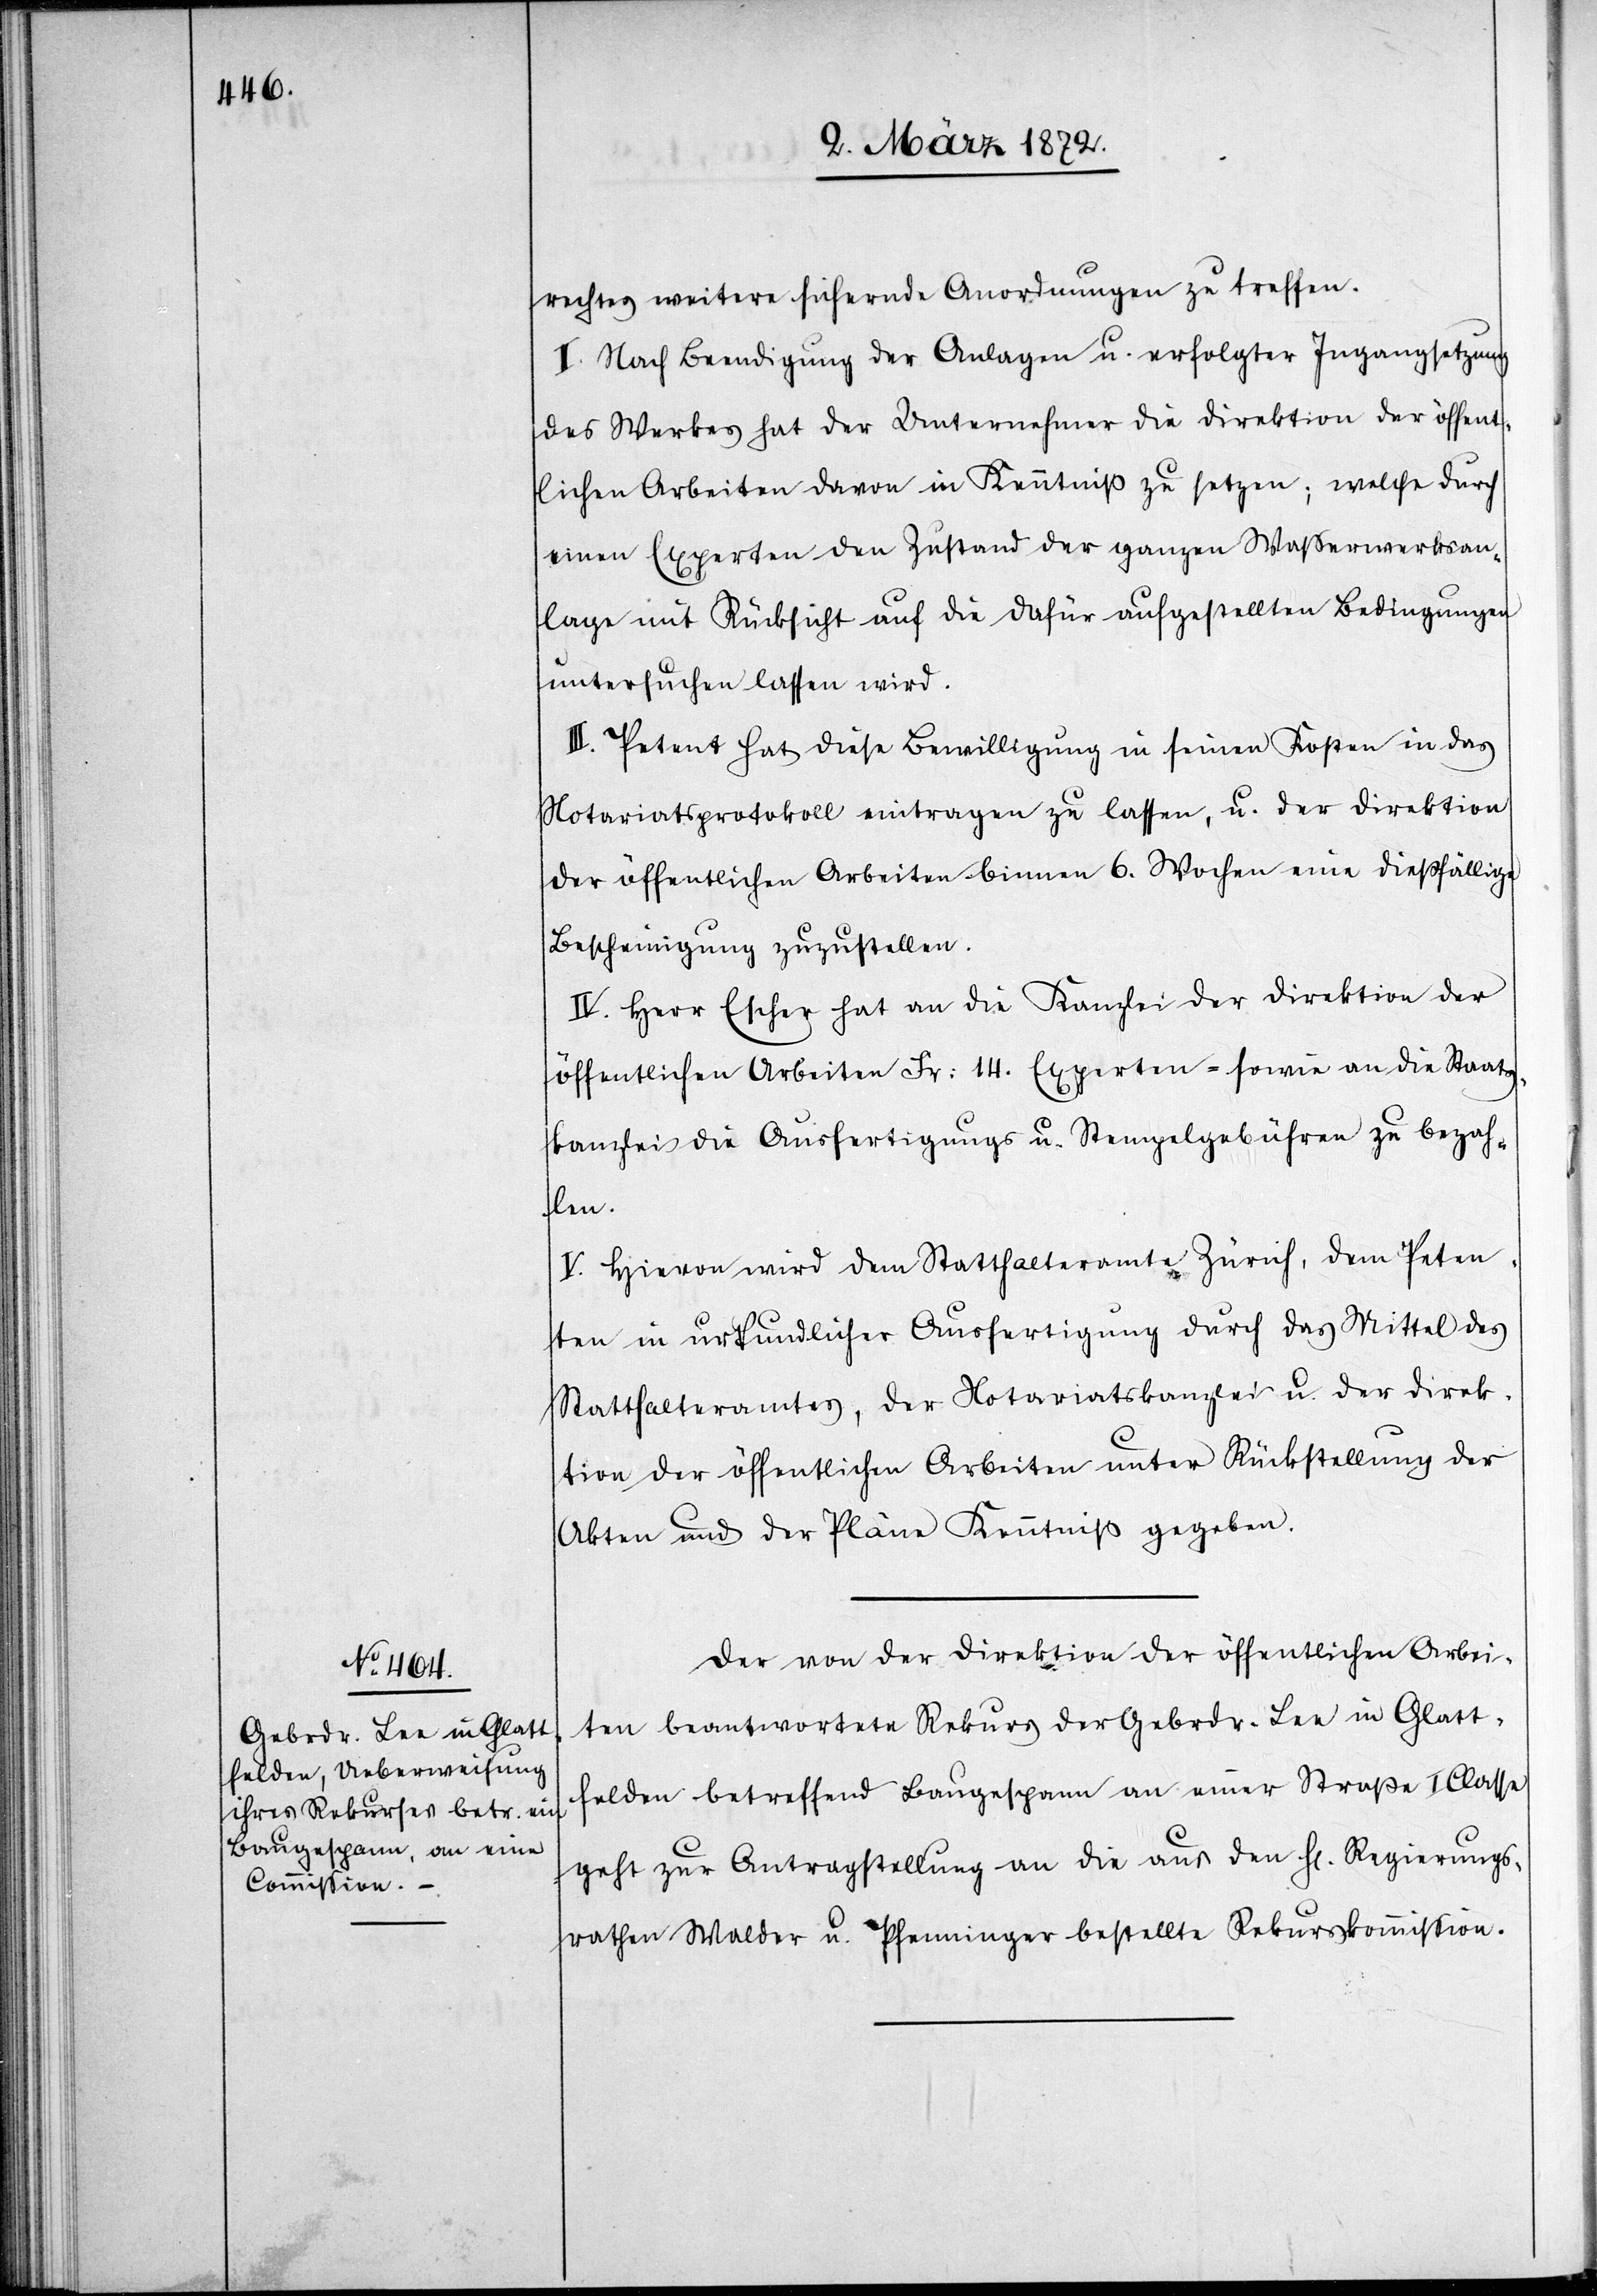
rechtes weitere sichernde Anordnungen zu treffen.
II. Nach Beendigung der Anlagen u. erfolgter Ingangsetzung
des Werkes hat der Unternehmer die Direktion der öffent¬
lichen Arbeiten davon in Kenntiß zu setzen; welche durch
einen Experten den Zustand der ganzen Wasserwerksan¬
lage mit Rücksicht auf die dafür aufgestellten Bedingungen
untersuchen lassen wird.
III. Petent hat diese Bewilligung in seinen Kosten in das
Notariatsprotokoll eintragen zu lassen, u. der Direktion
der öffentlichen Arbeiten binnen 6. Wochen eine dießfällige
Bescheinigung zuzustellen.
IV. Herr Escher hat an die Kanzlei der Direktion der
öffentlichen Arbeiten Fr. 14. Experten-[,] sowie an die Staats¬
kanzlei die Ausfertigungs[-] u. Stempelgebühren zu bezah¬
len.
V. Hievon wird dem Statthalteramte Zürich, dem Peten¬
ten in urkundlicher Ausfertigung durch das Mittel des
Statthalteramtes, der Notariatskanzlei u. der Direk¬
tion der öffentlichen Arbeiten unter Rückstellung der
Akten und der Pläne Kenntniß gegeben.
Der von der Direktion der öffentlichen Arbei¬
ten beantwortete Rekurs der Gebrdr. Lee in Glatt¬
felden betreffend Baugespann an einer Straße I Classe
geht zur Antragstellung an die aus den Hr. Regierungs¬
rathen Walder u. Pfenninger bestellte Rekurskommission.